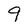
Character: 9